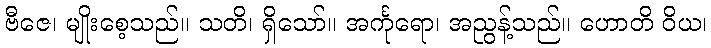
ဗီဇေ၊ မျိုးစေ့သည်။ သတိ၊ ရှိသော်။ အင်္ကုရော၊ အညွန့်သည်။ ဟောတိ ဝိယ၊